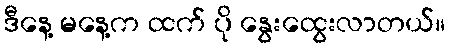
ဒီနေ့ မနေ့က ထက် ပို နွေးထွေးလာတယ်။